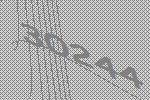
30244